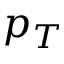
p _ { T }